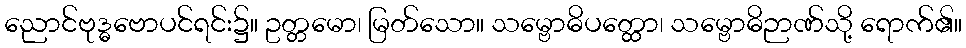
ညောင်ဗုဒ္ဓဗောပင်ရင်း၌။ ဥတ္တမော၊ မြတ်သော။ သမ္ဗောဓိပတ္ထော၊ သမ္ဗောဓိဉာဏ်သို့ ရောက်၏။